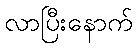
လာပြီးနောက်